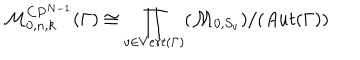
LaTeX: { \cal M } _ { 0 , n , k } ^ { C P ^ { N - 1 } } ( \Gamma ) \cong \prod _ { v \in V e r t ( \Gamma ) } ( { \cal M } _ { 0 , S _ { v } } ) / ( A u t ( \Gamma ) )